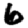
Digit: 6